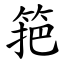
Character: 筢